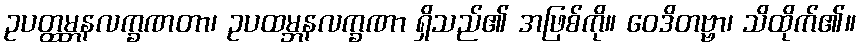
ဥပတ္ထမ္ဘနလက္ခဏတာ၊ ဥပထမ္ဘနလက္ခဏာ ရှိသည်၏ အဖြစ်ကို။ ဝေဒိတဗ္ဗာ၊ သိထိုက်၏။